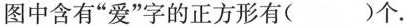
图中含有”爱”字的正方形有( )个.